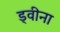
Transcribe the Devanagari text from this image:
ड्वीना